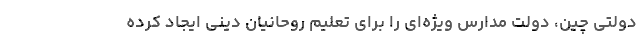
دولتی چین، دولت مدارس ویژه‌ای را برای تعلیم روحانیان دینی ایجاد کرده